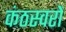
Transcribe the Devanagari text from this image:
कंठस्वरों